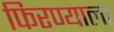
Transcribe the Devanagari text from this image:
फिरण्याला